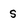
Character: s